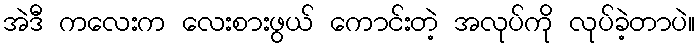
အဲဒီ ကလေးက လေးစားဖွယ် ကောင်းတဲ့ အလုပ်ကို လုပ်ခဲ့တာပဲ။